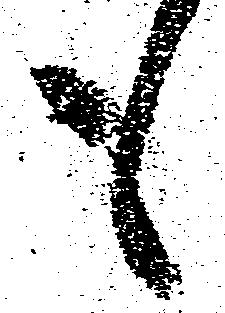
も